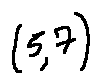
( 5 , 7 )